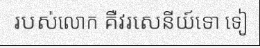
របស់លោក គឺវរសេនីយ៍ទោ ទៀ